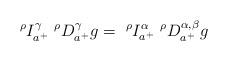
LaTeX: \begin{align*} ^{\rho}I_{a^+}^{\gamma}\ ^{\rho}D_{a^+}^{\gamma}g=\ ^{\rho}I_{a^+}^{\alpha}\ ^{\rho}D_{a^+}^{\alpha,\beta}g \end{align*}